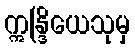
ဣန္ဒြိယေသုမှ